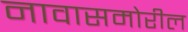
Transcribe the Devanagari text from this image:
नावासमोरील